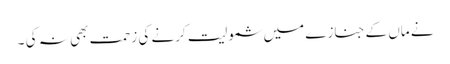
نے ماں کے جنازے میں شمولیت کرنے کی زحمت بھی نہ کی ۔